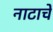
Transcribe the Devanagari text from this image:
नाटाचे